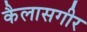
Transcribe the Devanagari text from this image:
कैलासगीर